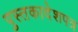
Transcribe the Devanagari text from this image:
पुस्तकादेशपत्र